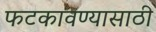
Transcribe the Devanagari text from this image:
फटकावण्यासाठी